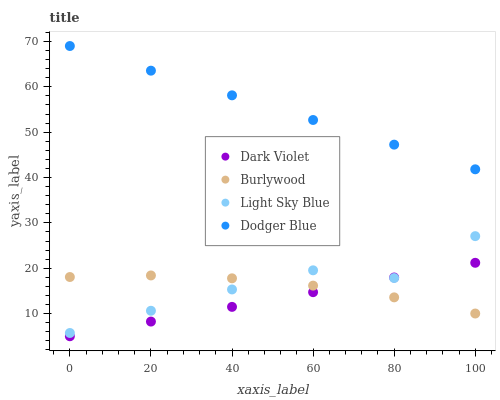
| xaxis_label | Dark Violet | Burlywood | Light Sky Blue | Dodger Blue |
 | --- | --- | --- | --- | --- |
 | 0 | 5 | 18.1 | 5.72 | 69 |
 | 20 | 8.24 | 18.4 | 10.6 | 63.6 |
 | 40 | 11.5 | 17.8 | 15.3 | 58.1 |
 | 60 | 14.7 | 16.2 | 19.5 | 52.7 |
 | 80 | 18 | 13.6 | 17.8 | 47.3 |
 | 100 | 21.2 | 10 | 27.1 | 41.8 |